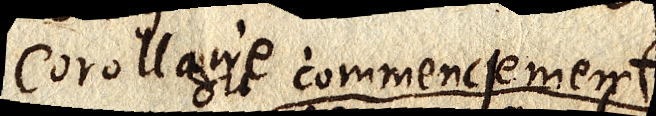
Corollaire. commencement